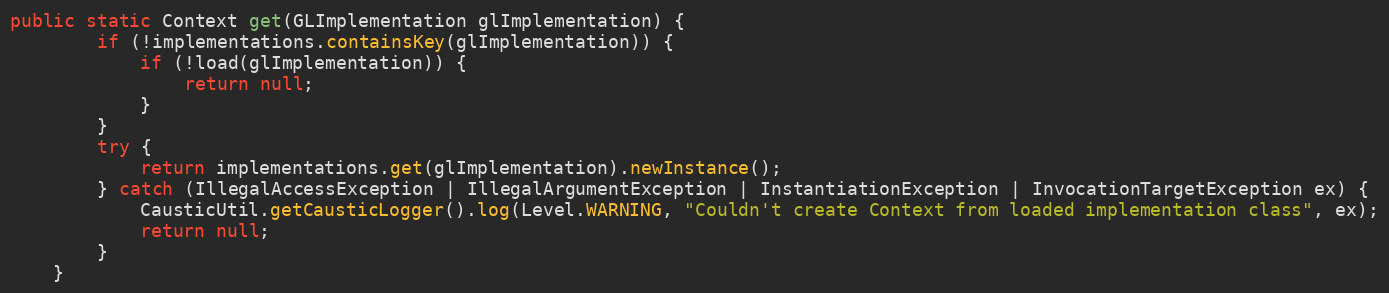
Language: Java
public static Context get(GLImplementation glImplementation) {
        if (!implementations.containsKey(glImplementation)) {
            if (!load(glImplementation)) {
                return null;
            }
        }
        try {
            return implementations.get(glImplementation).newInstance();
        } catch (IllegalAccessException | IllegalArgumentException | InstantiationException | InvocationTargetException ex) {
            CausticUtil.getCausticLogger().log(Level.WARNING, "Couldn't create Context from loaded implementation class", ex);
            return null;
        }
    }